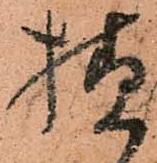
様